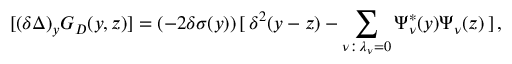
[ ( \delta \Delta ) _ { y } G _ { D } ( y , z ) ] = ( - 2 \delta \sigma ( y ) ) \, [ \, \delta ^ { 2 } ( y - z ) - \sum _ { \nu : \, \lambda _ { \nu } = 0 } \Psi _ { \nu } ^ { * } ( y ) \Psi _ { \nu } ( z ) \, ] \, ,